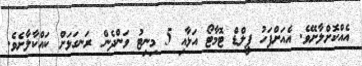
އެއްކޮށްލާށޭވެ. އެއަށްފަހު ޕީލްޑް ޓޮމާޓޯ އަޅާއި 5 މިނިޓު ވަންދެން ރަނގަޅަށް ކައްކާލާށެވެ.